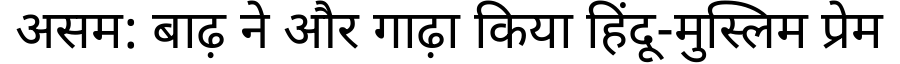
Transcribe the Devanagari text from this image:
असम: बाढ़ ने और गाढ़ा किया हिंदू-मुस्लिम प्रेम